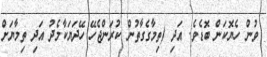
ވުން ހެޔޮކަން ބޮޑެވެ. އަދި (ތިމާގެގާތުން ކުރަންޖެހޭ ހޭދަޔަކާމެދު އަދި ތިމާޔަށް